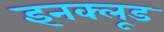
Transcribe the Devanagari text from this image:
इनक्लूड